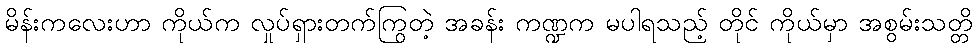
မိန်းကလေးဟာ ကိုယ်က လှုပ်ရှားတက်ကြွတဲ့ အခန်း ကဏ္ဍက မပါရသည့် တိုင် ကိုယ်မှာ အစွမ်းသတ္တိ